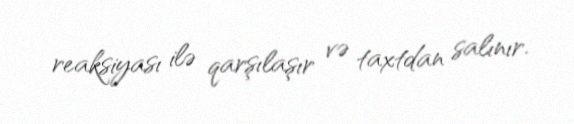
reaksiyası ilə qarşılaşır və taxtdan salınır.